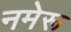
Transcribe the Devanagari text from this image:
नमेरू